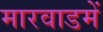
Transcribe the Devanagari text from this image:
मारवाडमें